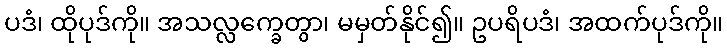
ပဒံ၊ ထိုပုဒ်ကို။ အသလ္လက္ခေတွာ၊ မမှတ်နိုင်၍။ ဥပရိပဒံ၊ အထက်ပုဒ်ကို။